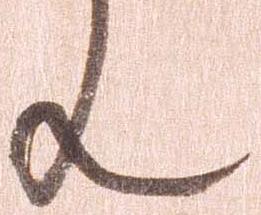
ん